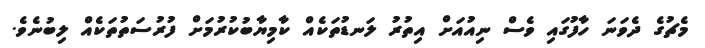
މެޗުގެ ދެވަނަ ހާފުގައި ވެސް ނިއުއަށް އިތުރު ލަނޑުތަކެއް ކާމިޔާބުކުރުމަށް ފުރުސަތުތަކެއް ލިބުނެވެ.